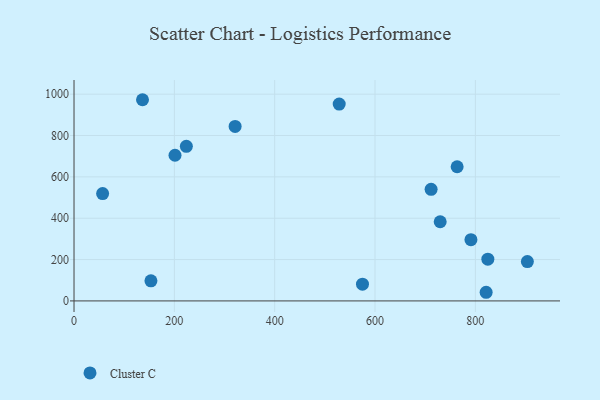
{"axis": {"x": "Price", "y": "Rating"}, "legend": ["Cluster C"], "data": [{"x": "763.7", "y": 649.0, "type": "Cluster C"}, {"x": "729.9", "y": 383.0, "type": "Cluster C"}, {"x": "903.7", "y": 190.2, "type": "Cluster C"}, {"x": "824.9", "y": 202.0, "type": "Cluster C"}, {"x": "321.1", "y": 844.0, "type": "Cluster C"}, {"x": "791.2", "y": 296.2, "type": "Cluster C"}, {"x": "528.6", "y": 951.9, "type": "Cluster C"}, {"x": "201.3", "y": 704.6, "type": "Cluster C"}, {"x": "57.0", "y": 519.1, "type": "Cluster C"}, {"x": "575.0", "y": 80.8, "type": "Cluster C"}, {"x": "223.9", "y": 747.6, "type": "Cluster C"}, {"x": "153.3", "y": 97.2, "type": "Cluster C"}, {"x": "136.5", "y": 973.1, "type": "Cluster C"}, {"x": "821.5", "y": 41.8, "type": "Cluster C"}, {"x": "711.8", "y": 539.7, "type": "Cluster C"}]}